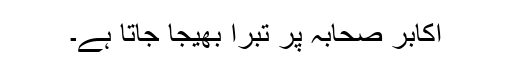
اکابر صحابہ پر تبرا بھیجا جاتا ہے۔